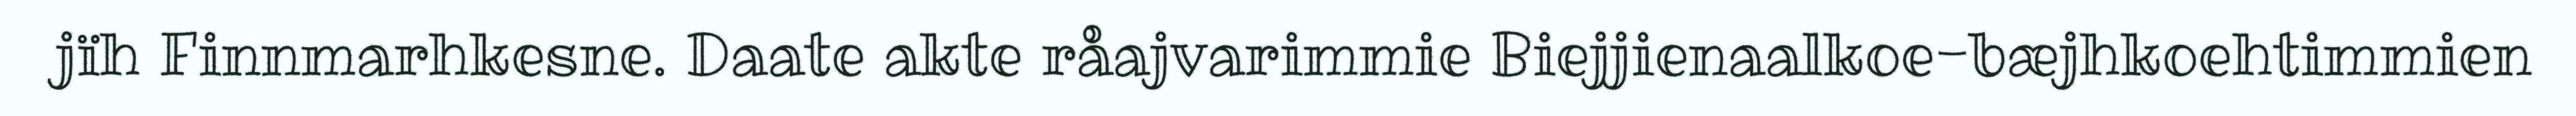
jïh Finnmarhkesne. Daate akte råajvarimmie Biejjienaalkoe-bæjhkoehtimmien